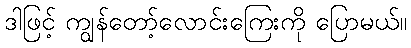
ဒါဖြင့် ကျွန်တော့်လောင်းကြေးကို ပြောမယ်။